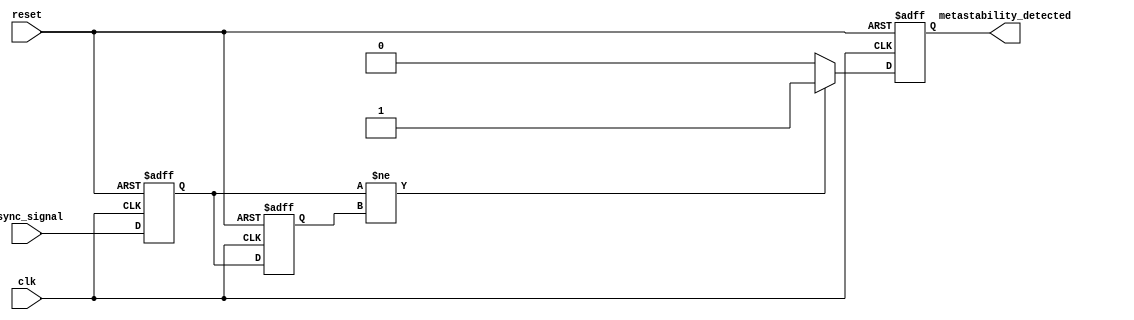
module metastability_detector (
    input wire clk,                // Clock signal
    input wire async_signal,       // Asynchronous input signal
    input wire reset,              // Optional reset signal
    output reg metastability_detected // Output signal indicating metastability
);

    // Internal signals for the synchronizer flip-flops
    reg sync_ff1;                 // First synchronizer flip-flop
    reg sync_ff2;                 // Second synchronizer flip-flop

    // Synchronizer flip-flops
    always @(posedge clk or posedge reset) begin
        if (reset) begin
            sync_ff1 <= 1'b0;
            sync_ff2 <= 1'b0;
        end else begin
            sync_ff1 <= async_signal; // Sample asynchronous signal
            sync_ff2 <= sync_ff1;      // Sample output of the first flip-flop
        end
    end

    // Meta-stability detection logic
    always @(posedge clk or posedge reset) begin
        if (reset) begin
            metastability_detected <= 1'b0;
        end else begin
            // Check for metastability condition
            // If sync_ff1 and sync_ff2 are different, it indicates a potential metastable state
            if (sync_ff1 != sync_ff2) begin
                metastability_detected <= 1'b1; // Metastability detected
            end else begin
                metastability_detected <= 1'b0; // No metastability
            end
        end
    end

endmodule